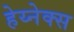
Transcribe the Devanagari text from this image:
हेय्नेक्स